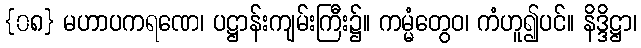
{၀၈} မဟာပကရဏေ၊ ပဋ္ဌာန်းကျမ်းကြီး၌။ ကမ္မံတွေဝ၊ ကံဟူ၍ပင်။ နိဒ္ဒိဋ္ဌာ၊